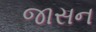
જાસન